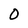
Character: 0